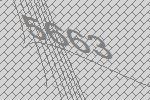
5663